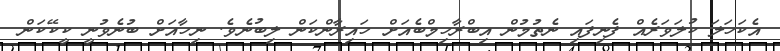
އެކަހަލަ ކުލަވަރެއް ފެނިފައި ނެތުމުން އިބްރާހިމްބެއަށް ހައިރާންކަން ލިބުނެވެ. ނިހާއަށް ބުނެވުނީ ކީކޭކަން